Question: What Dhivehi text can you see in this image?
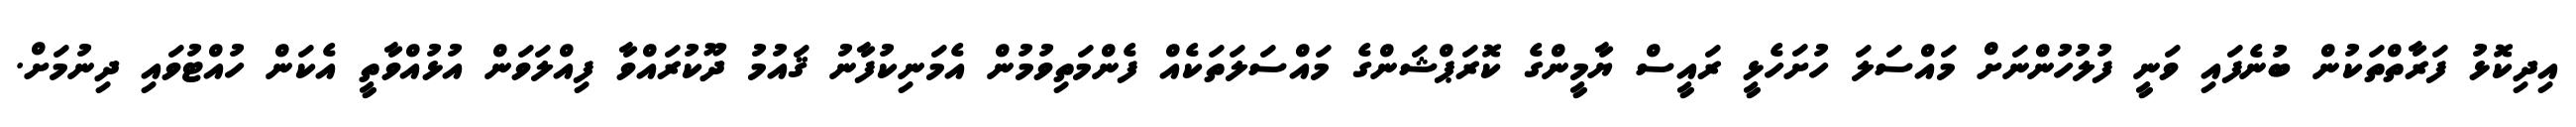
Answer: އިދިކޮޅު ފަރާތްތަކުން ބުނެފައި ވަނީ ފުލުހުންނަށް މައްސަލަ ހުށަހެޅީ ރައީސް ޔާމީންގެ ކޮރަޕްޝަންގެ މައްސަލަތަކެއް ފެންމަތިވުމުން އެމަނިކުފާނު ޤައުމު ދޫކުރައްވާ ފިއްލަވަން އުޅުއްވާތީ އެކަން ހުއްޓުވައި ދިނުމަށް.